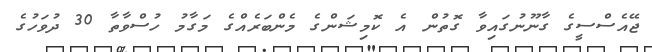
ޖޭއެސްސީގެ ގާނޫނުގައިވާ ގޮތުން އެ ކޮމިޝަންގެ މެންބަރެއްގެ މަގާމު ހުސްވާތާ 30 ދުވަހުގެ